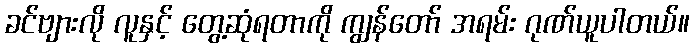
ခင်ဗျားလို လူနှင့် တွေ့ဆုံရတာကို ကျွန်တော် အရမ်း ဂုဏ်ယူပါတယ်။